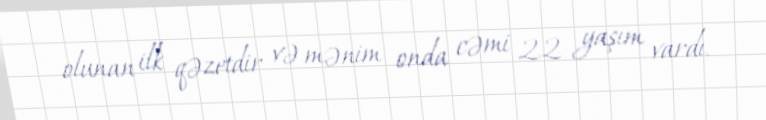
olunan ilk qəzetdir və mənim onda cəmi 22 yaşım vardı.